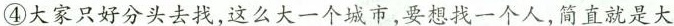
④大家只好分头去找,这么大一个城市,要想找一个人,简直就是大